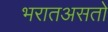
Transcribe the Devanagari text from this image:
भरातअसतो